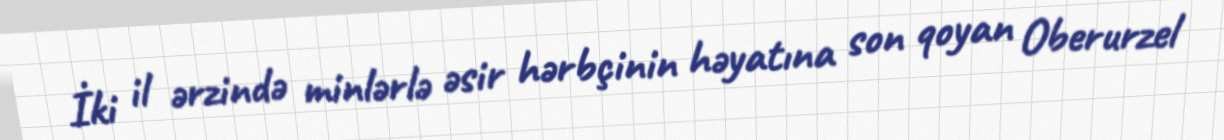
İki il ərzində minlərlə əsir hərbçinin həyatına son qoyan Oberurzel